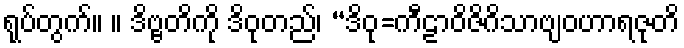
ရုပ်တွက်။ ။ ဒိဗ္ဗတိကို ဒိဝုတည်၊ “ဒိဝု=ကီဠာဝိဇိဂိသာဗျဝဟာရဇုတိ